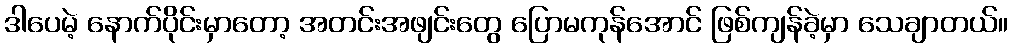
ဒါပေမဲ့ နောက်ပိုင်းမှာတော့ အတင်းအဖျင်းတွေ ပြောမကုန်အောင် ဖြစ်ကျန်ခဲ့မှာ သေချာတယ်။